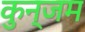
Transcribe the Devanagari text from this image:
कुन्जम